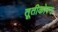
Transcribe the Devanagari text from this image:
तूतीकोरन